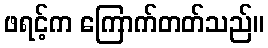
ဖရင့်က ကြောက်တတ်သည်။